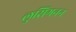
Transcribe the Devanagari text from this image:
लुसिगनन